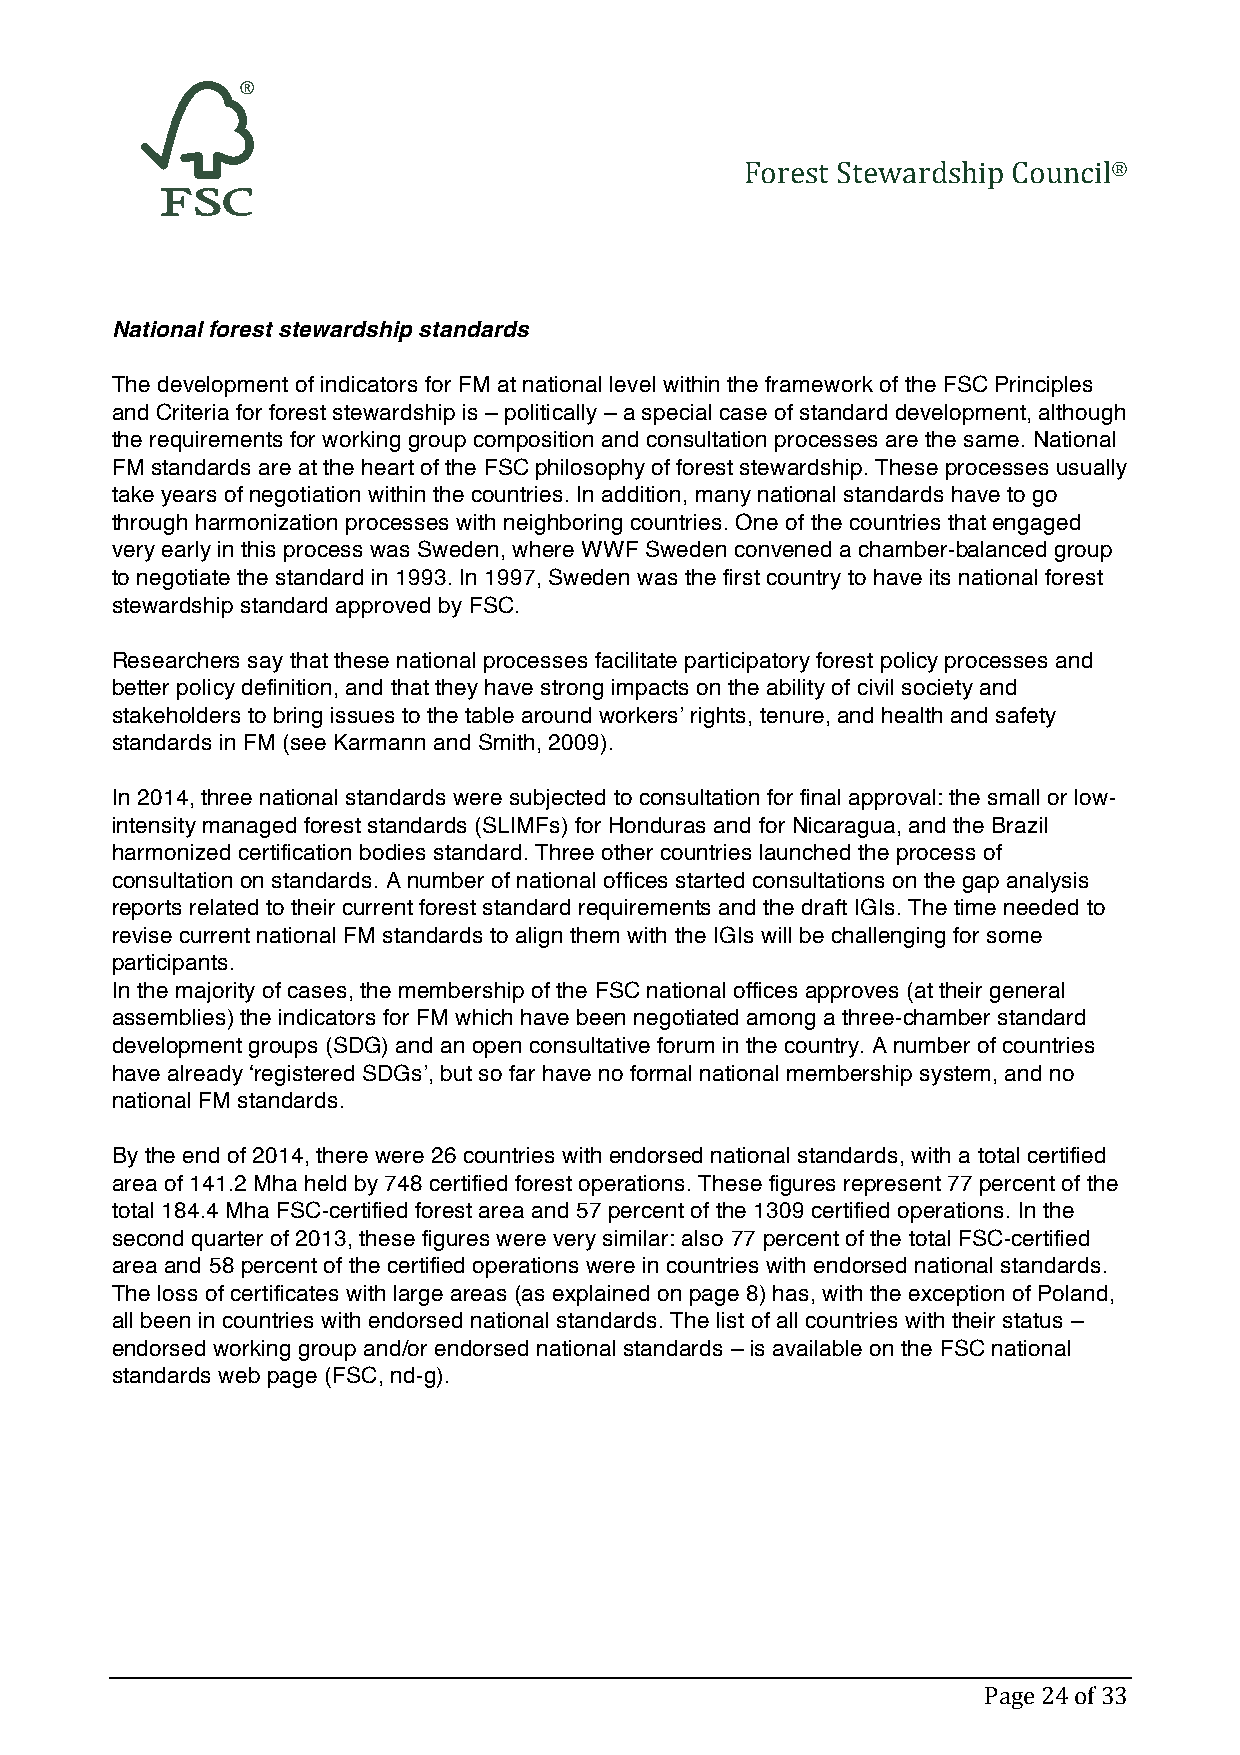
Forest Stewardship Council®
 National forest stewardship standards
 The development of indicators for FM at national level within the framework of the FSC Principles
 and Criteria for forest stewardship is – politically – a special case of standard development, although
 the requirements for working group composition and consultation processes are the same. National
 FM standards are at the heart of the FSC philosophy of forest stewardship. These processes usually
 take years of negotiation within the countries. In addition, many national standards have to go
 through harmonization processes with neighboring countries. One of the countries that engaged
 very early in this process was Sweden, where WWF Sweden convened a chamber-balanced group
 to negotiate the standard in 1993. In 1997, Sweden was the first country to have its national forest
 stewardship standard approved by FSC.
 Researchers say that these national processes facilitate participatory forest policy processes and
 better policy definition, and that they have strong impacts on the ability of civil society and
 stakeholders to bring issues to the table around workers’ rights, tenure, and health and safety
 standards in FM (see Karmann and Smith, 2009).
 In 2014, three national standards were subjected to consultation for final approval: the small or low-
 intensity managed forest standards (SLIMFs) for Honduras and for Nicaragua, and the Brazil
 harmonized certification bodies standard. Three other countries launched the process of
 consultation on standards. A number of national offices started consultations on the gap analysis
 reports related to their current forest standard requirements and the draft IGIs. The time needed to
 revise current national FM standards to align them with the IGIs will be challenging for some
 participants.
 In the majority of cases, the membership of the FSC national offices approves (at their general
 assemblies) the indicators for FM which have been negotiated among a three-chamber standard
 development groups (SDG) and an open consultative forum in the country. A number of countries
 have already ‘registered SDGs’, but so far have no formal national membership system, and no
 national FM standards.
 By the end of 2014, there were 26 countries with endorsed national standards, with a total certified
 area of 141.2 Mha held by 748 certified forest operations. These figures represent 77 percent of the
 total 184.4 Mha FSC-certified forest area and 57 percent of the 1309 certified operations. In the
 second quarter of 2013, these figures were very similar: also 77 percent of the total FSC-certified
 area and 58 percent of the certified operations were in countries with endorsed national standards.
 The loss of certificates with large areas (as explained on page 8) has, with the exception of Poland,
 all been in countries with endorsed national standards. The list of all countries with their status –
 endorsed working group and/or endorsed national standards – is available on the FSC national
 standards web page (FSC, nd-g).
 Page 24 of 33